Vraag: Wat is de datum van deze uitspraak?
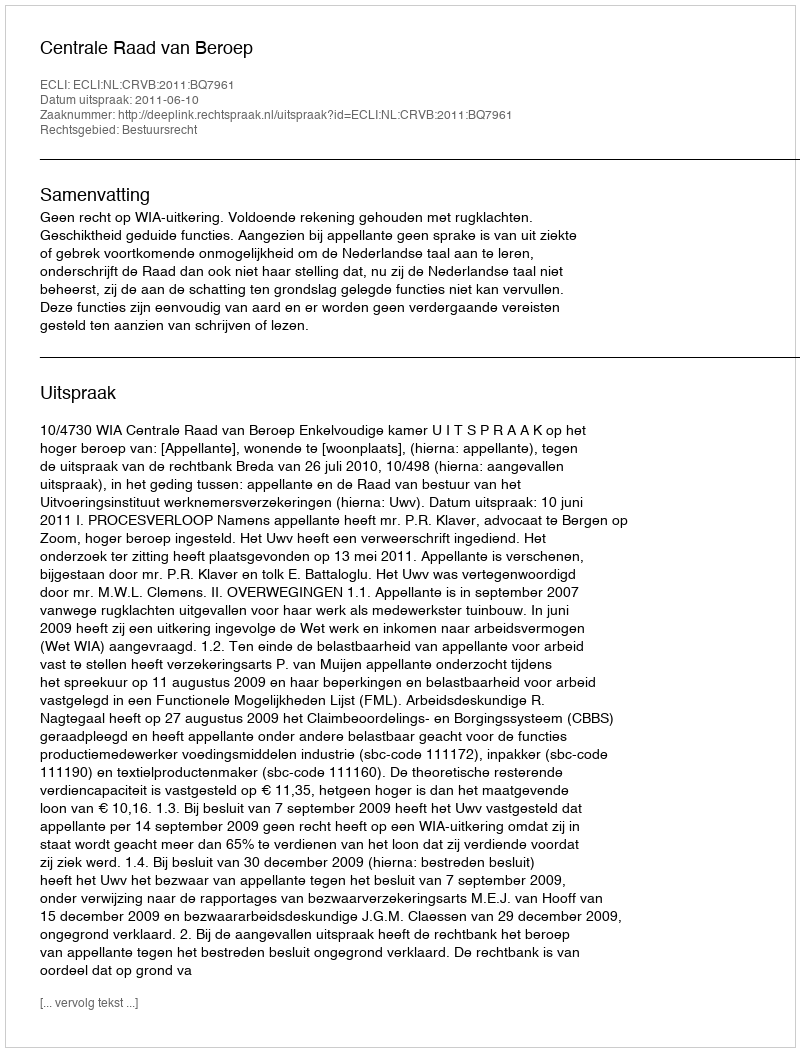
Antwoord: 2011-06-10